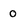
Character: 0